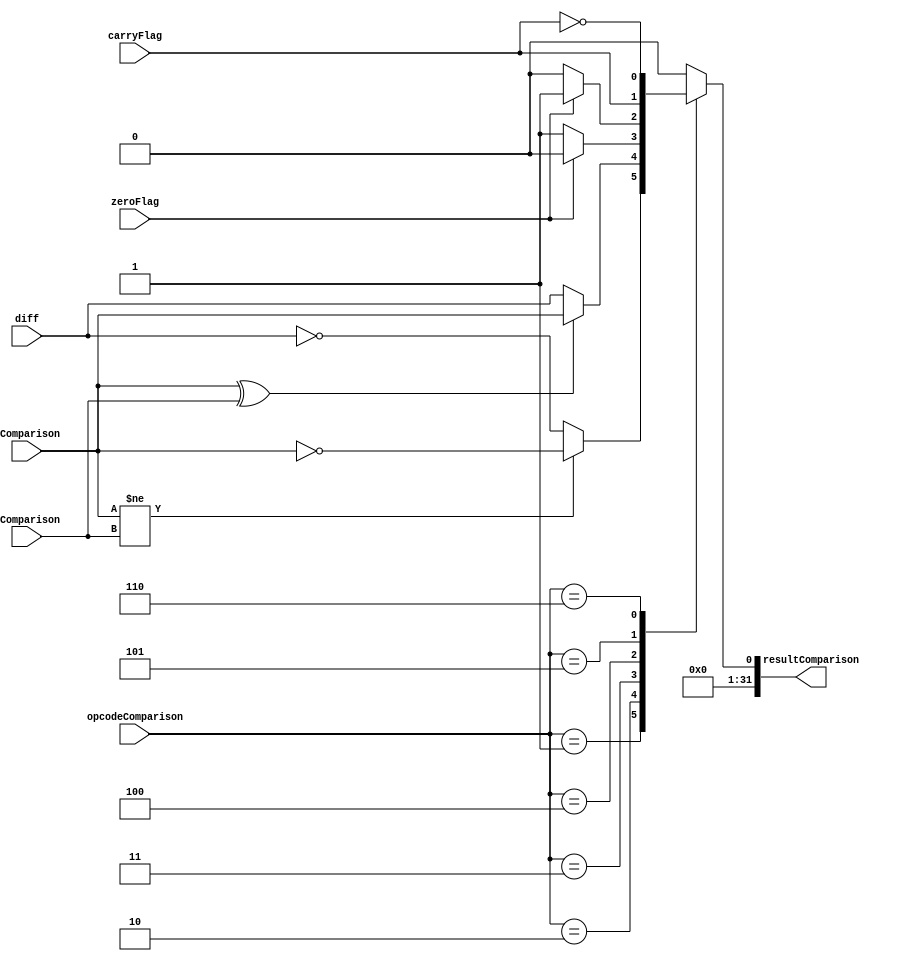
`timescale 1ns / 1ps
module ComparisonUnit (
    input aComparison,
    input bComparison,
    input [2:0]opcodeComparison,
    input carryFlag,
    input zeroFlag,
    input diff,
    output reg[31:0]resultComparison
);

// Implementation
always @(*) begin

	resultComparison = 0;
    case (opcodeComparison)
        // A >= B (signed)
        3'b001 :resultComparison[0] = (aComparison != bComparison) ? !aComparison : !diff;
        // A < B (signed)
        3'b010 : resultComparison[0] = ~(aComparison ^ bComparison) ? diff : aComparison;
        // A != B
        3'b011: resultComparison[0] = !zeroFlag ? 1:0;    
        // A == B
        3'b100: resultComparison[0] = zeroFlag ? 1:0;    // check "=="
        // A >= B (unsigned)
        3'b101: resultComparison[0] = carryFlag;   // check ">=" unsigned
        // A < B (unsigned)
        3'b110: resultComparison[0] = !carryFlag;   // check "<" unsigned
    endcase
end
 	
endmodule